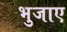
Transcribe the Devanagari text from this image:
भुजाए